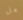
هل